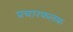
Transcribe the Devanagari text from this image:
प्रचारफलक